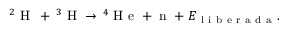
^ 2 \mathrm { ~ H ~ } \, + \, ^ { 3 } \mathrm { ~ H ~ } \to \, ^ { 4 } \mathrm { ~ H ~ e ~ } + \mathrm { ~ n ~ } + E _ { \mathrm { ~ l ~ i ~ b ~ e ~ r ~ a ~ d ~ a ~ } } .